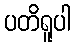
ပတိရူပါ